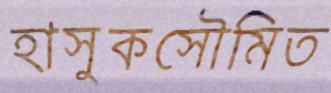
হাসুকসৌমিত